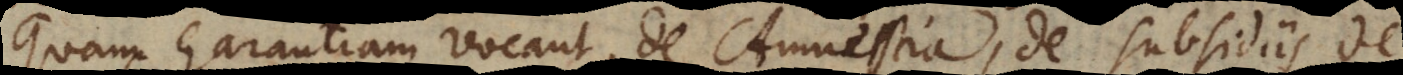
quam garantiam vocant, de Amnestia, de subsidiis, de